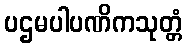
ပဌမပါပဏိကသုတ္တံ